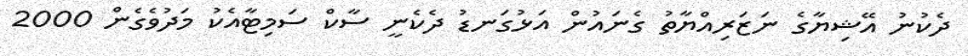
ދެކުނު އޭޝިޔާގެ ނަޒަރިއްޔާތު ގެނައުން އަޅުގަނޑު ދެކެނީ ސާކް ސަމިޓާއެކު މަދުވެގެން 2000